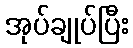
အုပ်ချုပ်ပြီး